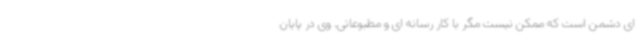
ای دشمن است که ممکن نیست مگر با کار رسانه ای و مطبوعاتی. وی در پایان